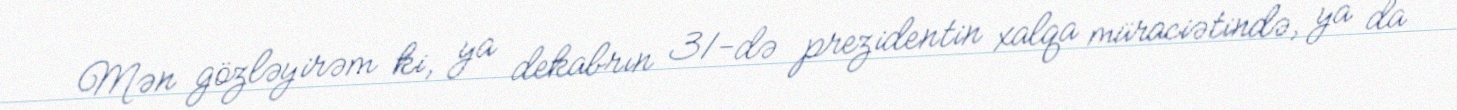
Mən gözləyirəm ki, ya dekabrın 31-də prezidentin xalqa müraciətində, ya da